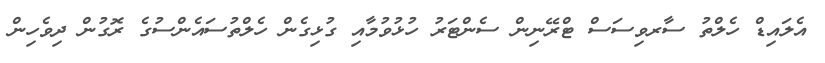
އެލައިޑް ހެލްތު ސާރވިސަސް ޓްރޭނިން ސެންޓަރު ހުޅުވުމާއި ގުޅިގެން ހެލްތުސައެންސުގެ ރޮގުން ދިވެހިން